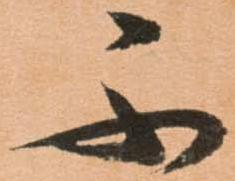
ふ